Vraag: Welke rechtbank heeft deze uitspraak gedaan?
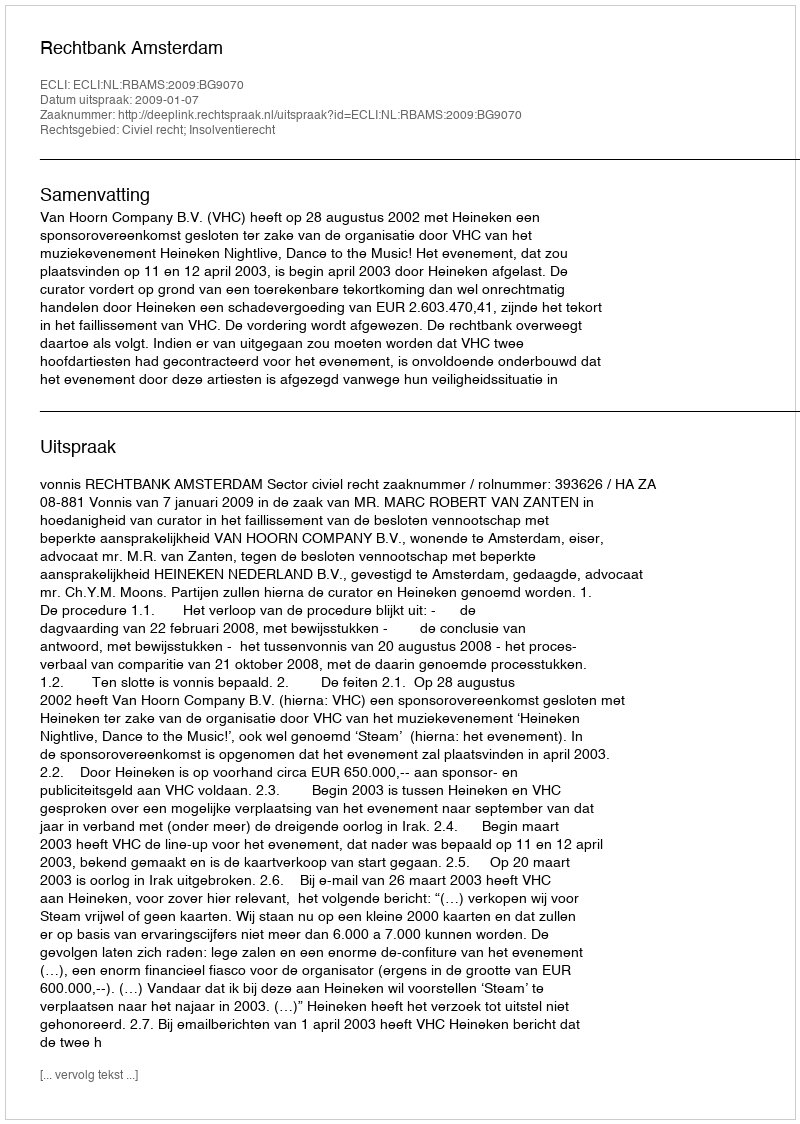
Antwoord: Rechtbank Amsterdam